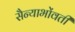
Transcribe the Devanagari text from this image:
सैन्याभोंवतीं